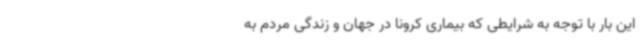
این بار با توجه به شرایطی که بیماری کرونا در جهان و زندگی مردم به